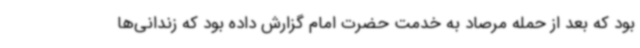
بود که بعد از حمله مرصاد به خدمت حضرت امام گزارش داده بود که زندانی‌ها